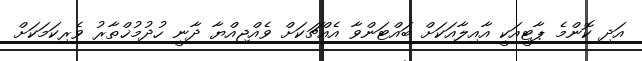
އަދި ކޮންމެ ޕާޓީއަކީ އާއިލާއަކަށް ބައްޓަންވާ އެއްޗަކަށް ވެއްޖިއްޔާ ދާނީ ހުދުމުޚްތާރު ވެރިކަމަކަށް